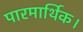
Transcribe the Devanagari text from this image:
पारमार्थिक।